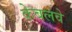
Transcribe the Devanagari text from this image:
केबलवे